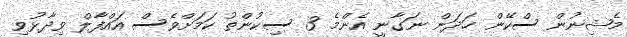
މެޝިނުން ސްކޭން ހަދަން ނަގާނީ އެންމެ 3 ސިކުންތު ކަމަށްވެސް އައްފާލް ވިދާޅުވި